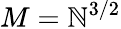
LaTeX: M=\mathbb{N}^{3/2}